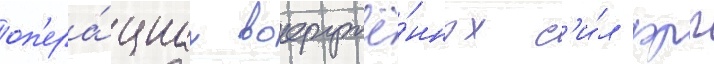
оп'ера́циах вооружё́нных с'и́л фрг